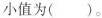
小值为（）。